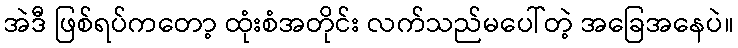
အဲဒီ ဖြစ်ရပ်ကတော့ ထုံးစံအတိုင်း လက်သည်မပေါ်တဲ့ အခြေအနေပဲ။